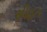
સીહત